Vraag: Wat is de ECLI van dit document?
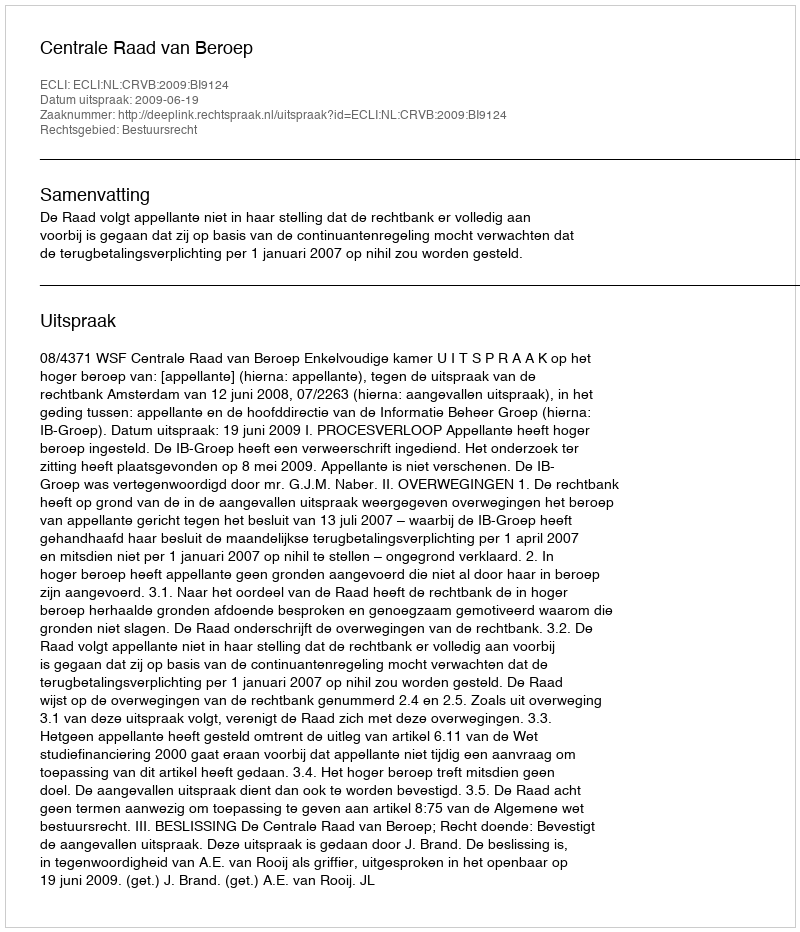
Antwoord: ECLI:NL:CRVB:2009:BI9124